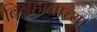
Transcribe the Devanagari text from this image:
बिनहाताच्या